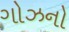
ગોઝનો